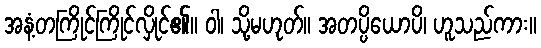
အနံ့တကြိုင်ကြိုင်လှိုင်၏။ ဝါ၊ သို့မဟုတ်။ အတပ္ပိယောပိ၊ ဟူသည်ကား။